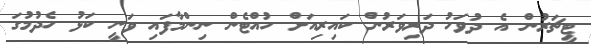
ޓީޗަރުން އެ ދުވަހު ދަރިވަރުން ކައިރިއަށް ހުއްޓެން ނިންމާފައި ވަނީ ކަޅު ހެދުމުގަ